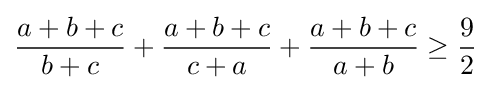
{\frac {a+b+c}{b+c}}+{\frac {a+b+c}{c+a}}+{\frac {a+b+c}{a+b}}\geq {\frac {9}{2}}